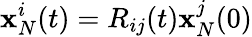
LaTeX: \mathbf{x}_{N}^{i}(t)=R_{ij}(t)\mathbf{x}_{N}^{j}(0)